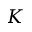
K